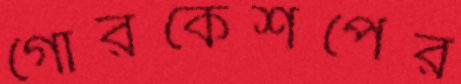
গোরকেশপের